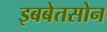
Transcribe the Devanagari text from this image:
इबबेतसोन